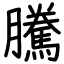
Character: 騰